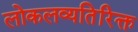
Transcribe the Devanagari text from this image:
लोकलव्यतिरिक्त